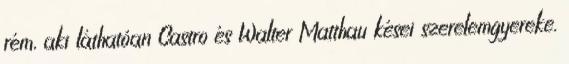
rém, aki láthatóan Castro és Walter Matthau kései szerelemgyereke.